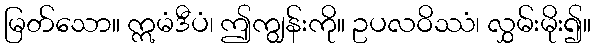
မြတ်သော။ ဣမံဒီပံ၊ ဤကျွန်းကို။ ဥပလဝိဿံ၊ လွှမ်းမိုး၍။